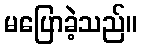
မပြောခဲ့သည်။